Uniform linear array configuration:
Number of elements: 24
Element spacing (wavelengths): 0.75
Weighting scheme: blackman
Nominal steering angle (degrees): -15
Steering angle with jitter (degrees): -15.424
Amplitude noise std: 0.05
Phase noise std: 0.05

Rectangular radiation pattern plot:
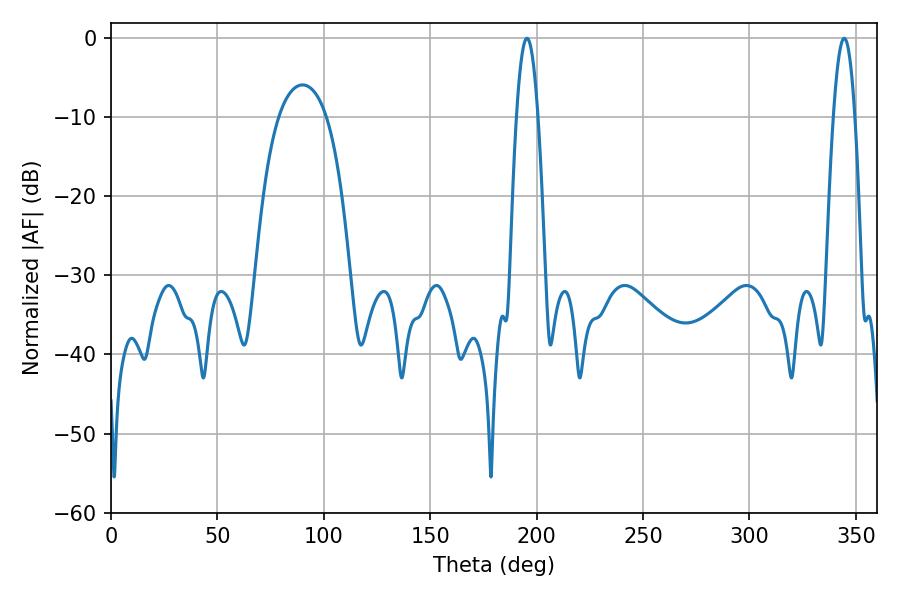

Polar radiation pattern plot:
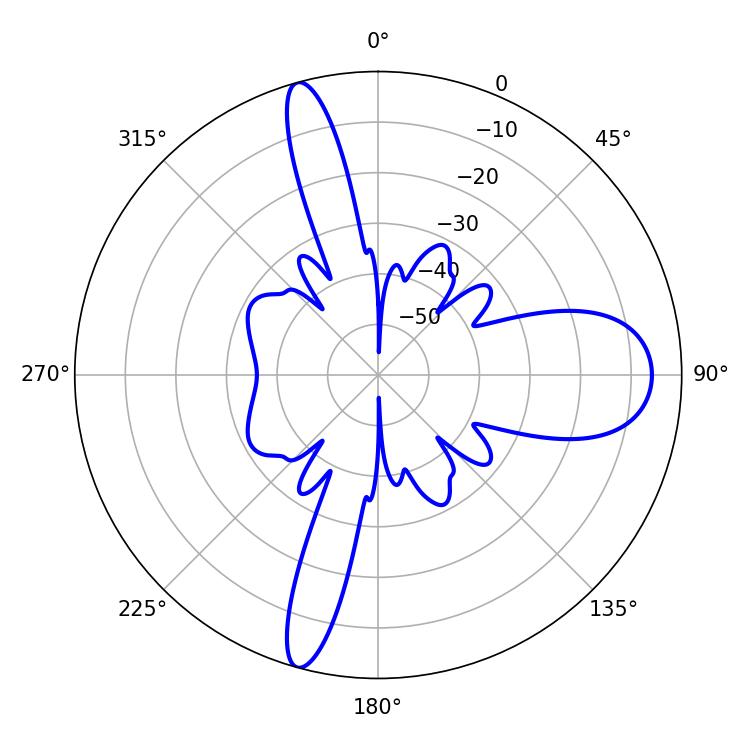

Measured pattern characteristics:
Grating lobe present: TRUE
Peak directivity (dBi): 17.872
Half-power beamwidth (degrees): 5.4
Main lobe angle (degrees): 344.52